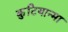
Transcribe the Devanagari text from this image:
कुटियान्मा